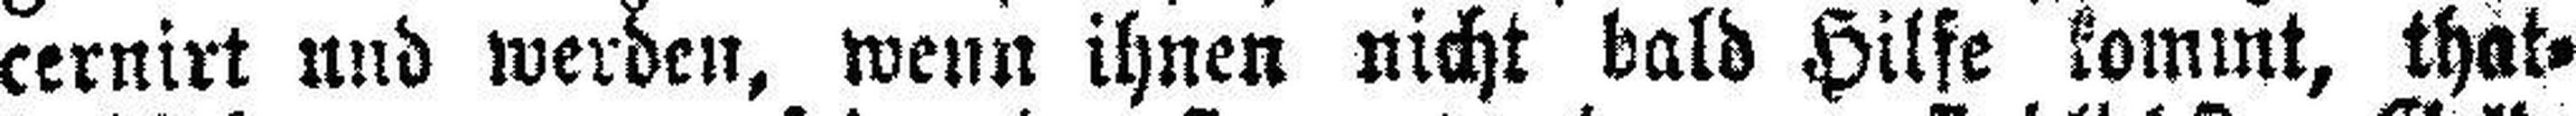
cernirt und werden, wenn ihnen nicht bald Hilfe kommt, that¬